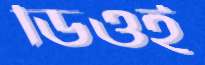
ডিওই